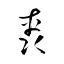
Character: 軣